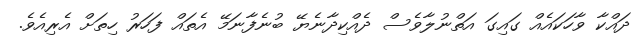
ދައްކާ ވާހަކައެއް ގައިގަ އަތްނުލާވެސް ދެއްކިދާނެޔޭ ބުނެފާނަމޭ އެތައް ފަހަރު ހިތަށް އެރިއެވެ.